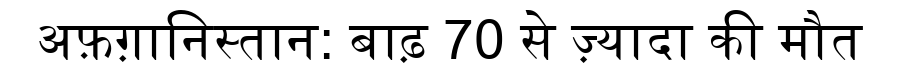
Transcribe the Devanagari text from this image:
अफ़ग़ानिस्तान: बाढ़ 70 से ज़्यादा की मौत